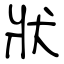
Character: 狀